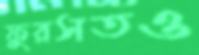
ফুরসতও